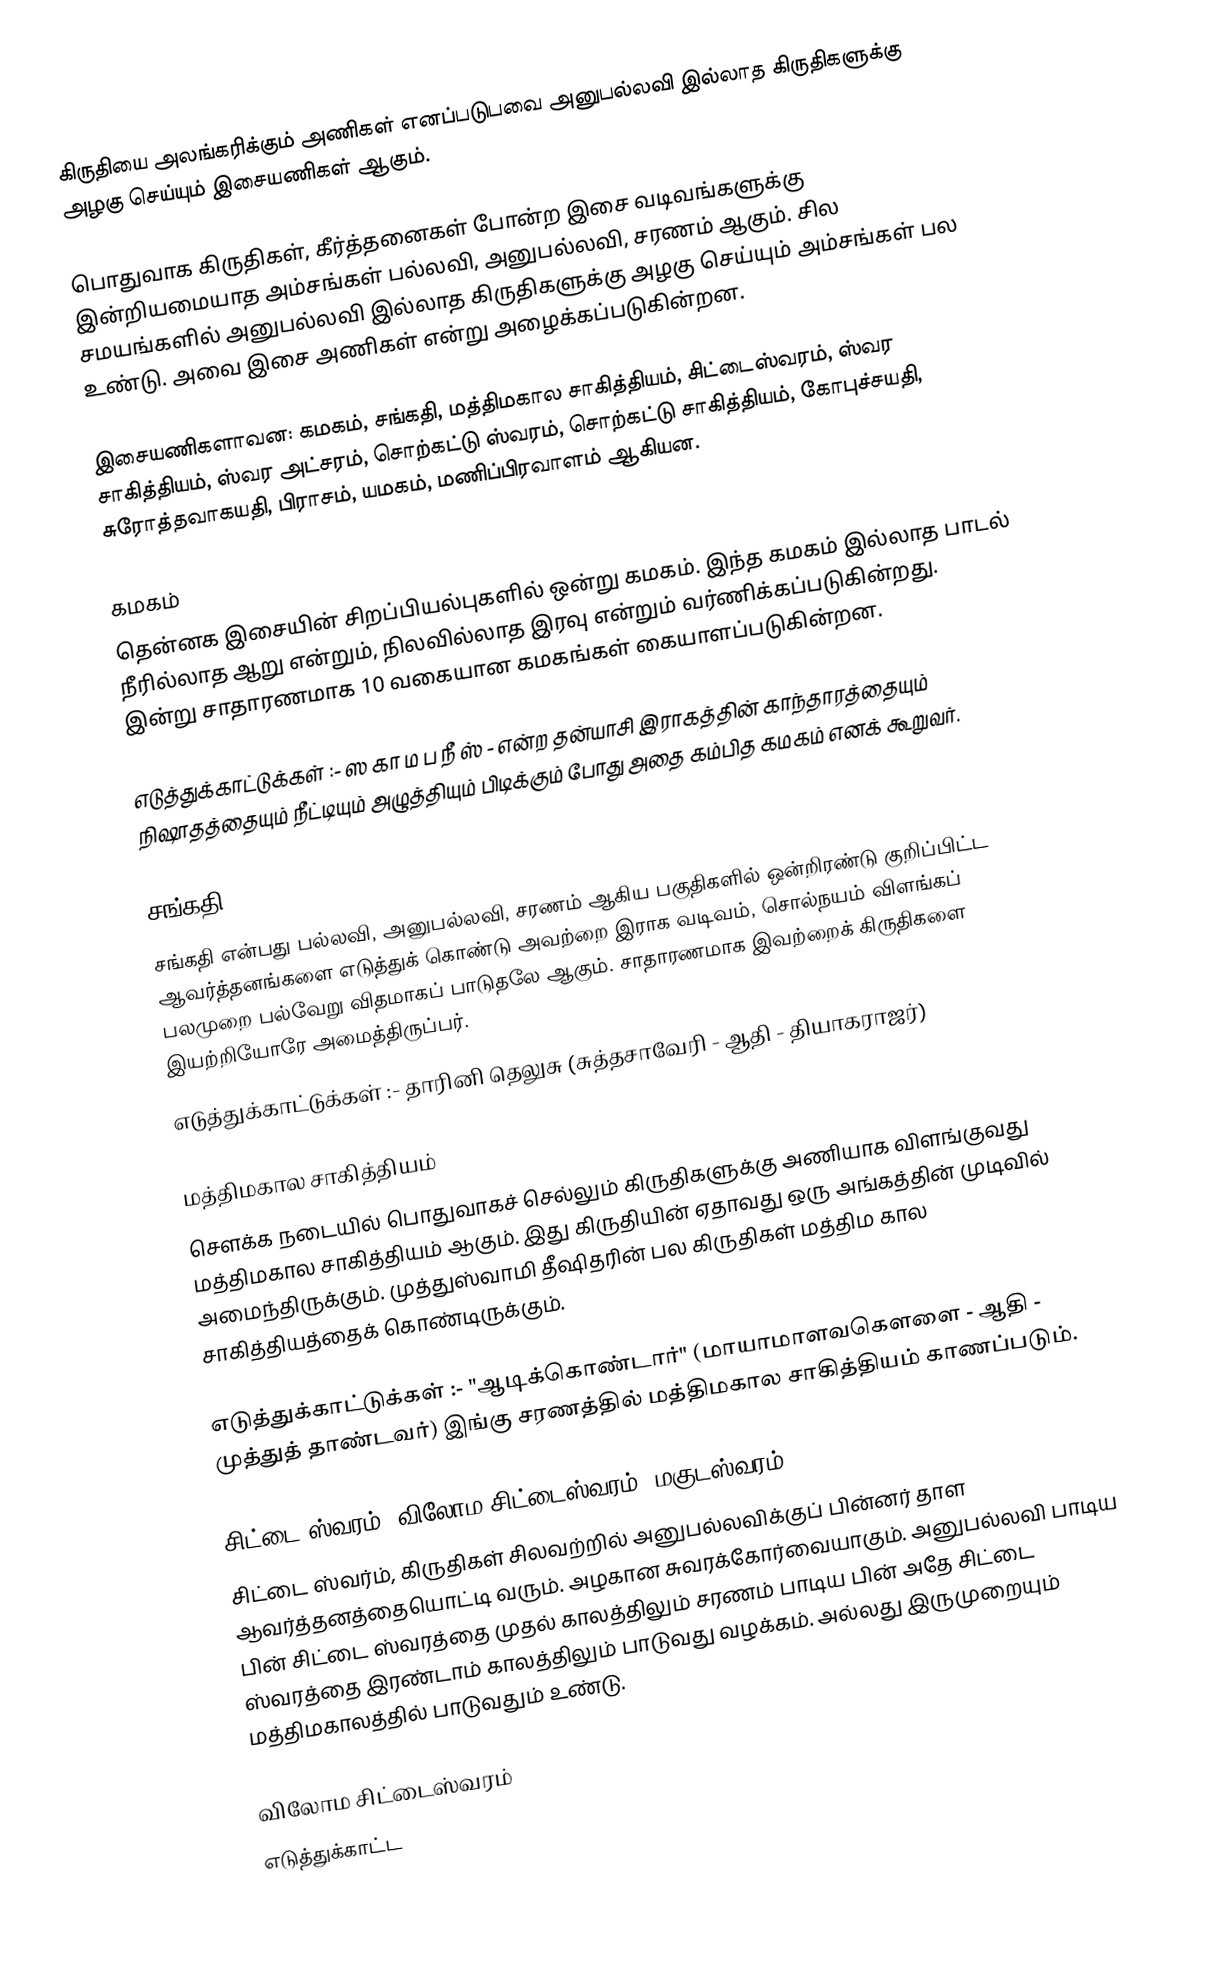
கிருதியை அலங்கரிக்கும் அணிகள் எனப்படுபவை அனுபல்லவி இல்லாத கிருதிகளுக்கு அழகு செய்யும் இசையணிகள் ஆகும்.

பொதுவாக கிருதிகள், கீர்த்தனைகள் போன்ற இசை வடிவங்களுக்கு இன்றியமையாத அம்சங்கள் பல்லவி, அனுபல்லவி, சரணம் ஆகும். சில சமயங்களில் அனுபல்லவி இல்லாத கிருதிகளுக்கு அழகு செய்யும் அம்சங்கள் பல உண்டு. அவை இசை அணிகள் என்று அழைக்கப்படுகின்றன.

இசையணிகளாவன: கமகம், சங்கதி, மத்திமகால சாகித்தியம், சிட்டைஸ்வரம், ஸ்வர சாகித்தியம், ஸ்வர அட்சரம், சொற்கட்டு ஸ்வரம், சொற்கட்டு சாகித்தியம், கோபுச்சயதி, சுரோத்தவாகயதி, பிராசம், யமகம், மணிப்பிரவாளம் ஆகியன.

கமகம்
தென்னக இசையின் சிறப்பியல்புகளில் ஒன்று கமகம். இந்த கமகம் இல்லாத பாடல் நீரில்லாத ஆறு என்றும், நிலவில்லாத இரவு என்றும் வர்ணிக்கப்படுகின்றது. இன்று சாதாரணமாக 10 வகையான கமகங்கள் கையாளப்படுகின்றன.

எடுத்துக்காட்டுக்கள் :- ஸ கா ம ப நீ ஸ் - என்ற தன்யாசி இராகத்தின் காந்தாரத்தையும் நிஷாதத்தையும் நீட்டியும் அழுத்தியும் பிடிக்கும் போது அதை கம்பித கமகம் எனக் கூறுவர்.

சங்கதி
சங்கதி என்பது பல்லவி, அனுபல்லவி, சரணம் ஆகிய பகுதிகளில் ஒன்றிரண்டு குறிப்பிட்ட ஆவர்த்தனங்களை எடுத்துக் கொண்டு அவற்றை இராக வடிவம், சொல்நயம் விளங்கப் பலமுறை பல்வேறு விதமாகப் பாடுதலே ஆகும். சாதாரணமாக இவற்றைக் கிருதிகளை இயற்றியோரே அமைத்திருப்பர்.
எடுத்துக்காட்டுக்கள் :- தாரினி தெலுசு (சுத்தசாவேரி - ஆதி - தியாகராஜர்)

மத்திமகால சாகித்தியம்
சௌக்க நடையில் பொதுவாகச் செல்லும் கிருதிகளுக்கு அணியாக விளங்குவது மத்திமகால சாகித்தியம் ஆகும். இது கிருதியின் ஏதாவது ஒரு அங்கத்தின் முடிவில் அமைந்திருக்கும். முத்துஸ்வாமி தீஷிதரின் பல கிருதிகள் மத்திம கால சாகித்தியத்தைக் கொண்டிருக்கும்.

எடுத்துக்காட்டுக்கள் :- "ஆடிக்கொண்டார்" (மாயாமாளவகௌளை - ஆதி - முத்துத் தாண்டவர்) இங்கு சரணத்தில் மத்திமகால சாகித்தியம் காணப்படும்.

சிட்டை ஸ்வரம் (விலோம சிட்டைஸ்வரம், மகுடஸ்வரம்)
சிட்டை ஸ்வர்ம், கிருதிகள் சிலவற்றில் அனுபல்லவிக்குப் பின்னர் தாள ஆவர்த்தனத்தையொட்டி வரும். அழகான சுவரக்கோர்வையாகும். அனுபல்லவி பாடிய பின் சிட்டை ஸ்வரத்தை முதல் காலத்திலும் சரணம் பாடிய பின் அதே சிட்டை ஸ்வரத்தை இரண்டாம் காலத்திலும்  பாடுவது வழக்கம். அல்லது இருமுறையும் மத்திமகாலத்தில் பாடுவதும் உண்டு.

விலோம சிட்டைஸ்வரம்
எடுத்துக்காட்ட